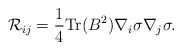
\begin{align*}{\cal R}_{ij}=\frac{1}{4}{\rm Tr}(B^2)\nabla_i \sigma \nabla_j \sigma.\end{align*}